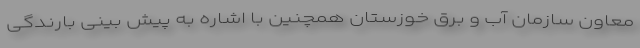
معاون سازمان آب و برق خوزستان همچنین با اشاره به پیش بینی بارندگی